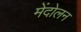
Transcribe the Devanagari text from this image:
मेंदोलन